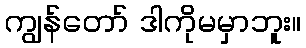
ကျွန်တော် ဒါကိုမမှာဘူး။